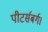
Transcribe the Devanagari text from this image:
पीटर्सबर्ग।